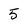
Character: 5